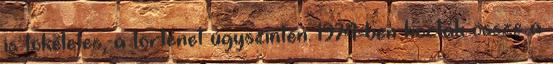
is tökéletes, a történet úgyszintén. 1974-ben hozták össze a